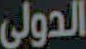
الدولي